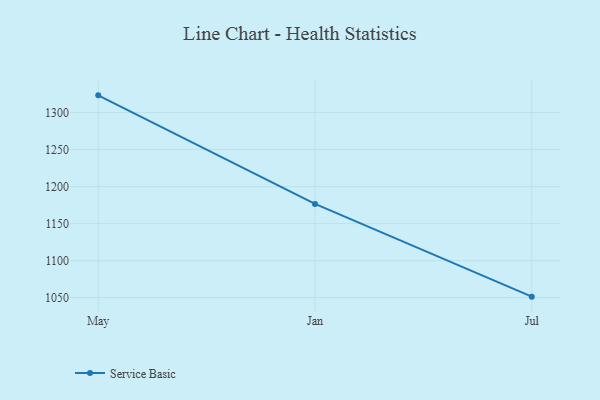
{"axis": {"x": "Month", "y": "Bounce Rate (%)"}, "legend": ["Service Basic"], "data": [{"x": "May", "y": 1323.3, "type": "Service Basic"}, {"x": "Jan", "y": 1176.6, "type": "Service Basic"}, {"x": "Jul", "y": 1051.3, "type": "Service Basic"}]}